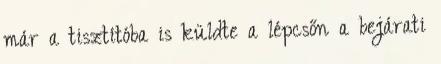
már a tisztítóba is küldte a lépcsőn a bejárati